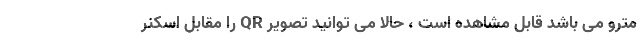
مترو می باشد قابل مشاهده است ، حالا می توانید تصویر QR را مقابل اسکنر